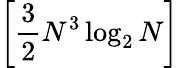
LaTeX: \left[{\frac{3}{2}}N^{3}\log_{2}N\right]